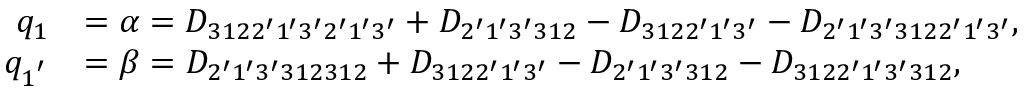
\begin{array} { r l } { q _ { 1 } } & { = \alpha = { D _ { 3 1 2 2 ^ { \prime } 1 ^ { \prime } 3 ^ { \prime } 2 ^ { \prime } 1 ^ { \prime } 3 ^ { \prime } } } + { D _ { 2 ^ { \prime } 1 ^ { \prime } 3 ^ { \prime } 3 1 2 } } - { D _ { 3 1 2 2 ^ { \prime } 1 ^ { \prime } 3 ^ { \prime } } } - { D _ { 2 ^ { \prime } 1 ^ { \prime } 3 ^ { \prime } 3 1 2 2 ^ { \prime } 1 ^ { \prime } 3 ^ { \prime } } } , } \\ { q _ { 1 ^ { ' } } } & { = \beta = { D _ { 2 ^ { \prime } 1 ^ { \prime } 3 ^ { \prime } 3 1 2 3 1 2 } } + { D _ { 3 1 2 2 ^ { \prime } 1 ^ { \prime } 3 ^ { \prime } } } - { D _ { 2 ^ { \prime } 1 ^ { \prime } 3 ^ { \prime } 3 1 2 } } - { D _ { 3 1 2 2 ^ { \prime } 1 ^ { \prime } 3 ^ { \prime } 3 1 2 } } , } \end{array}